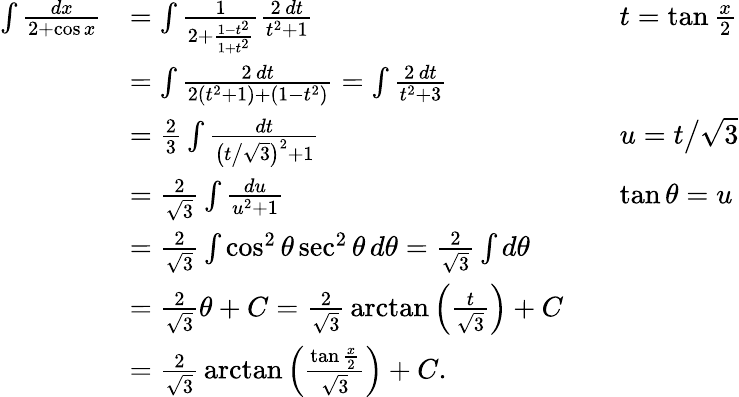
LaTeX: {\begin{array}{rlrl}{\int{\frac{dx}{2+\cos x}}}&{=\int{\frac{1}{2+{\frac{1-t^{2}}{1+t^{2}}}}}{\frac{2\, dt}{t^{2}+1}}}&&{t=\tan{\frac{x}{2}}}\\ &{=\int{\frac{2\, dt}{2(t^{2}+1)+(1-t^{2})}}=\int{\frac{2\, dt}{t^{2}+3}}}\\ &{={\frac{2}{3}}\int{\frac{dt}{{\bigl(}t{\big/}{\sqrt{3}}{\bigr)}^{2}+1}}}&&{u=t{\big/}{\sqrt{3}}}\\ &{={\frac{2}{\sqrt{3}}}\int{\frac{du}{u^{2}+1}}}&&{\tan\theta=u}\\ &{={\frac{2}{\sqrt{3}}}\int\cos^{2}\theta\sec^{2}\theta\, d\theta={\frac{2}{\sqrt{3}}}\int d\theta}\\ &{={\frac{2}{\sqrt{3}}}\theta+C={\frac{2}{\sqrt{3}}}\arctan\left({\frac{t}{\sqrt{3}}}\right)+C}\\ &{={\frac{2}{\sqrt{3}}}\arctan\left({\frac{\tan{\frac{x}{2}}}{\sqrt{3}}}\right)+C.}\end{array}}